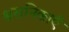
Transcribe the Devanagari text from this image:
श्वसनिकाएँ